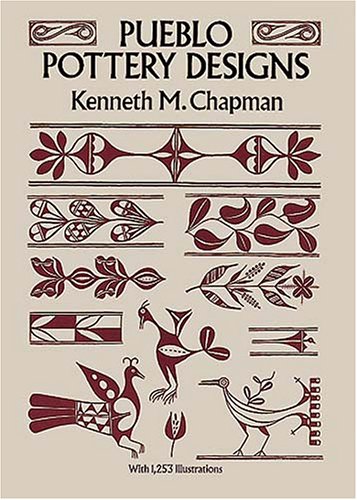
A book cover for Pueblo Pottery Designs (Dover Pictorial Archives); Kenneth M. Chapman; Arts & Photography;